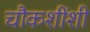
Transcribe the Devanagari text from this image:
चौकशींशी